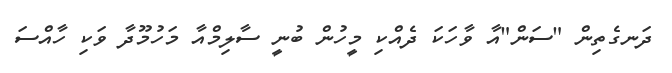
ދަނގެތިން "ސަން"އާ ވާހަކަ ދެއްކި މީހުން ބުނީ ސާލިމްއާ މަހުމޫދާ ވަކި ހާއްސަ